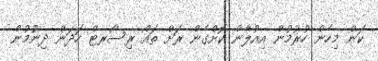
ކަން މިހެން ހުރުމުން އިއުލާން ކޮށްގެން ރަށް ތައް ރިސޯރޓް ހަދަން ދިނުުމުން